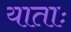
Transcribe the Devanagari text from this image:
याताः